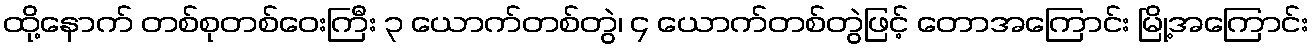
ထို့နောက် တစ်စုတစ်ဝေးကြီး ၃ ယောက်တစ်တွဲ၊ ၄ ယောက်တစ်တွဲဖြင့် တောအကြောင်း မြို့အကြောင်း